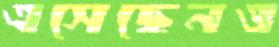
এসেছেনও